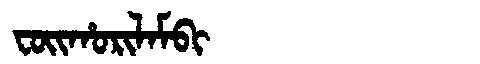
Manchu: ᠸᠣᡳᡥᠣᡵᡳᠯᠠᠮᠪᡳ
Romanization: FOIHORILAMBI